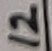
Text: 12